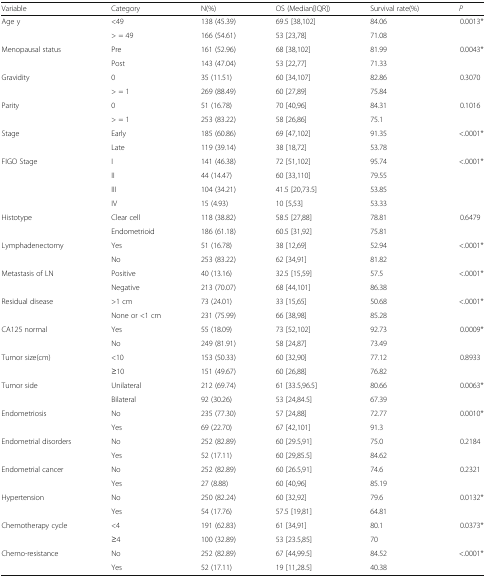
<table><thead><tr><td><b>Variable</b></td><td><b>Category</b></td><td><b>N(%)</b></td><td><b>OS (Median[IQR])</b></td><td><b>Survival rate(%)</b></td><td><b><i>P</i></b></td></tr></thead><tbody><tr><td>Age y</td><td>&lt;49</td><td>138 (45.39)</td><td>69.5 [38,102]</td><td>84.06</td><td>0.0013*</td></tr><tr><td></td><td>&gt; = 49</td><td>166 (54.61)</td><td>53 [23,78]</td><td>71.08</td><td></td></tr><tr><td>Menopausal status</td><td>Pre</td><td>161 (52.96)</td><td>68 [38,102]</td><td>81.99</td><td>0.0043*</td></tr><tr><td></td><td>Post</td><td>143 (47.04)</td><td>53 [22,77]</td><td>71.33</td><td></td></tr><tr><td>Gravidity</td><td>0</td><td>35 (11.51)</td><td>60 [34,107]</td><td>82.86</td><td>0.3070</td></tr><tr><td></td><td>&gt; = 1</td><td>269 (88.49)</td><td>60 [27,89]</td><td>75.84</td><td></td></tr><tr><td>Parity</td><td>0</td><td>51 (16.78)</td><td>70 [40,96]</td><td>84.31</td><td>0.1016</td></tr><tr><td></td><td>&gt; = 1</td><td>253 (83.22)</td><td>58 [26,86]</td><td>75.1</td><td></td></tr><tr><td>Stage</td><td>Early</td><td>185 (60.86)</td><td>69 [47,102]</td><td>91.35</td><td>&lt;.0001*</td></tr><tr><td></td><td>Late</td><td>119 (39.14)</td><td>38 [18,72]</td><td>53.78</td><td></td></tr><tr><td>FIGO Stage</td><td>I</td><td>141 (46.38)</td><td>72 [51,102]</td><td>95.74</td><td>&lt;.0001*</td></tr><tr><td></td><td>II</td><td>44 (14.47)</td><td>60 [33,110]</td><td>79.55</td><td></td></tr><tr><td></td><td>III</td><td>104 (34.21)</td><td>41.5 [20,73.5]</td><td>53.85</td><td></td></tr><tr><td></td><td>IV</td><td>15 (4.93)</td><td>10 [5,53]</td><td>53.33</td><td></td></tr><tr><td>Histotype</td><td>Clear cell</td><td>118 (38.82)</td><td>58.5 [27,88]</td><td>78.81</td><td>0.6479</td></tr><tr><td></td><td>Endometrioid</td><td>186 (61.18)</td><td>60.5 [31,92]</td><td>75.81</td><td></td></tr><tr><td>Lymphadenectomy</td><td>Yes</td><td>51 (16.78)</td><td>38 [12,69]</td><td>52.94</td><td>&lt;.0001*</td></tr><tr><td></td><td>No</td><td>253 (83.22)</td><td>62 [34,91]</td><td>81.82</td><td></td></tr><tr><td>Metastasis of LN</td><td>Positive</td><td>40 (13.16)</td><td>32.5 [15,59]</td><td>57.5</td><td>&lt;.0001*</td></tr><tr><td></td><td>Negative</td><td>213 (70.07)</td><td>68 [44,101]</td><td>86.38</td><td></td></tr><tr><td>Residual disease</td><td>&gt;1 cm</td><td>73 (24.01)</td><td>33 [15,65]</td><td>50.68</td><td>&lt;.0001*</td></tr><tr><td></td><td>None or &lt;1 cm</td><td>231 (75.99)</td><td>66 [38,98]</td><td>85.28</td><td></td></tr><tr><td>CA125 normal</td><td>Yes</td><td>55 (18.09)</td><td>73 [52,102]</td><td>92.73</td><td>0.0009*</td></tr><tr><td></td><td>No</td><td>249 (81.91)</td><td>58 [24,87]</td><td>73.49</td><td></td></tr><tr><td>Tumor size(cm)</td><td>&lt;10</td><td>153 (50.33)</td><td>60 [32,90]</td><td>77.12</td><td>0.8933</td></tr><tr><td></td><td>≥10</td><td>151 (49.67)</td><td>60 [26,88]</td><td>76.82</td><td></td></tr><tr><td>Tumor side</td><td>Unilateral</td><td>212 (69.74)</td><td>61 [33.5,96.5]</td><td>80.66</td><td>0.0063*</td></tr><tr><td></td><td>Bilateral</td><td>92 (30.26)</td><td>53 [24,84.5]</td><td>67.39</td><td></td></tr><tr><td>Endometriosis</td><td>No</td><td>235 (77.30)</td><td>57 [24,88]</td><td>72.77</td><td>0.0010*</td></tr><tr><td></td><td>Yes</td><td>69 (22.70)</td><td>67 [42,101]</td><td>91.3</td><td></td></tr><tr><td rowspan="2">Endometrial disorders</td><td>No</td><td>252 (82.89)</td><td>60 [29.5,91]</td><td>75.0</td><td>0.2184</td></tr><tr><td>Yes</td><td>52 (17.11)</td><td>60 [29,85.5]</td><td>84.62</td><td></td></tr><tr><td>Endometrial cancer</td><td>No</td><td>252 (82.89)</td><td>60 [26.5,91]</td><td>74.6</td><td>0.2321</td></tr><tr><td></td><td>Yes</td><td>27 (8.88)</td><td>60 [40,96]</td><td>85.19</td><td></td></tr><tr><td>Hypertension</td><td>No</td><td>250 (82.24)</td><td>60 [32,92]</td><td>79.6</td><td>0.0132*</td></tr><tr><td></td><td>Yes</td><td>54 (17.76)</td><td>57.5 [19,81]</td><td>64.81</td><td></td></tr><tr><td>Chemotherapy cycle</td><td>&lt;4</td><td>191 (62.83)</td><td>61 [34,91]</td><td>80.1</td><td>0.0373*</td></tr><tr><td></td><td>≥4</td><td>100 (32.89)</td><td>53 [23.5,85]</td><td>70</td><td></td></tr><tr><td>Chemo-resistance</td><td>No</td><td>252 (82.89)</td><td>67 [44,99.5]</td><td>84.52</td><td>&lt;.0001*</td></tr><tr><td></td><td>Yes</td><td>52 (17.11)</td><td>19 [11,28.5]</td><td>40.38</td><td></td></tr></tbody></table>